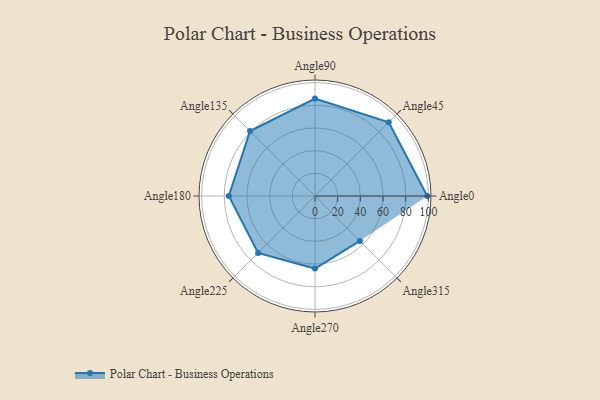
{"axis": {"x": "Angle", "y": "Radius"}, "legend": [""], "data": [{"x": "Angle0", "y": 99.0, "type": ""}, {"x": "Angle45", "y": 92.0, "type": ""}, {"x": "Angle90", "y": 86.0, "type": ""}, {"x": "Angle135", "y": 81.0, "type": ""}, {"x": "Angle180", "y": 76.0, "type": ""}, {"x": "Angle225", "y": 71.0, "type": ""}, {"x": "Angle270", "y": 64.0, "type": ""}, {"x": "Angle315", "y": 56.0, "type": ""}]}